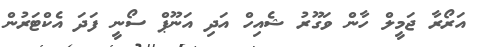
އަރޯރާ ޖަމީލް ހާން ވަގޫރު ޝެއިހް އަދި އަނޫޕް ސޯނީ ފަދަ އެކްޓަރުން